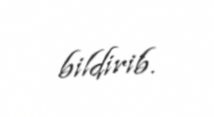
bildirib.